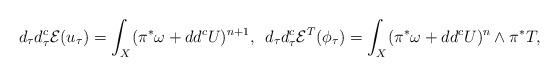
LaTeX: \begin{align*}d_{\tau}d_{\tau}^{c}\mathcal{E}(u_{\tau})=\int_{X}(\pi^{*}\omega+dd^{c}U)^{n+1},\,\,\, d_{\tau}d_{\tau}^{c}\mathcal{E}^{T}(\phi_{\tau})=\int_{X}(\pi^{*}\omega+dd^{c}U)^{n}\wedge\pi^{*}T,\end{align*}